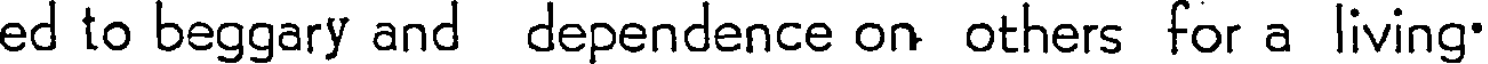
ed to beggary and dependence on others for a living